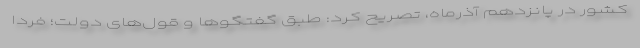
کشور در پانزدهم آذرماه، تصریح کرد: طبق گفتگوها و قول‌های دولت؛ فردا